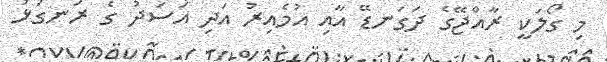
މި ގޯލަކީ ރާއްޖޭގެ ދަގަނޑޭ އާއި އުމެއިރު އަދި އަސަދު ގެ ރަނގަޅު